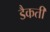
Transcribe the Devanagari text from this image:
डैकती